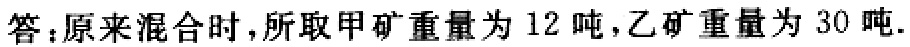
答：原来混合时，所取甲矿重量为 12 吨，乙矿重量为 30 吨.